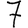
Digit: 7